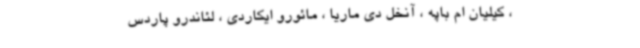
، کیلیان ام باپه ، آنخل دی ماریا ، مائورو ایکاردی ، لئاندرو پاردس